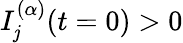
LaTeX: I_{\mathit{j}}^{(\alpha)}(t=0)>0